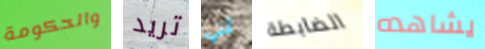
والحكومة تريد أنني الضابطة يشاهده